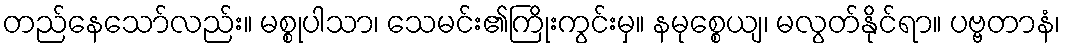
တည်နေသော်လည်း။ မစ္စုပါသာ၊ သေမင်း၏ကြိုးကွင်းမှ။ နမုစ္စေယျ၊ မလွတ်နိုင်ရာ။ ပဗ္ဗတာနံ၊